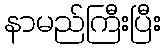
နာမည်ကြီးပြီး